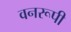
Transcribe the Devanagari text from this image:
वनरूपी